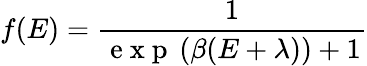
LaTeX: f(E)=\frac{1}{\mathrm{~e~x~p~}\left(\beta(E+\lambda)\right)+1}